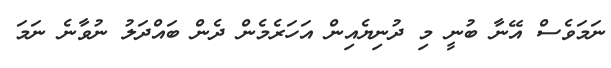
ނަމަވެސް އޭނާ ބުނީ މި ދުނިޔެއިން އަހަރެމެން ދެން ބައްދަލު ނުވާނެ ނަމަ